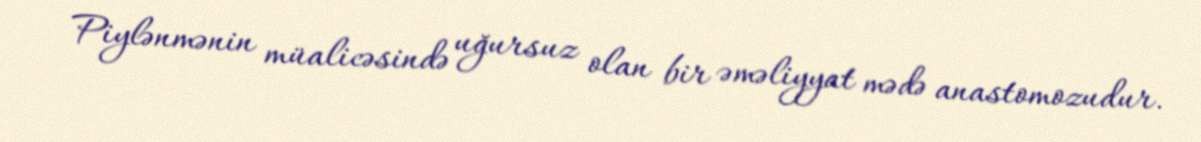
Piylənmənin müalicəsində uğursuz olan bir əməliyyat mədə anastomozudur.